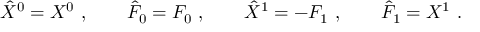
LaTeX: \hat { X } ^ { 0 } = X ^ { 0 } \ , \qquad \hat { F } _ { 0 } = F _ { 0 } \ , \qquad \hat { X } ^ { 1 } = - F _ { 1 } \ , \qquad \hat { F } _ { 1 } = X ^ { 1 } \ .